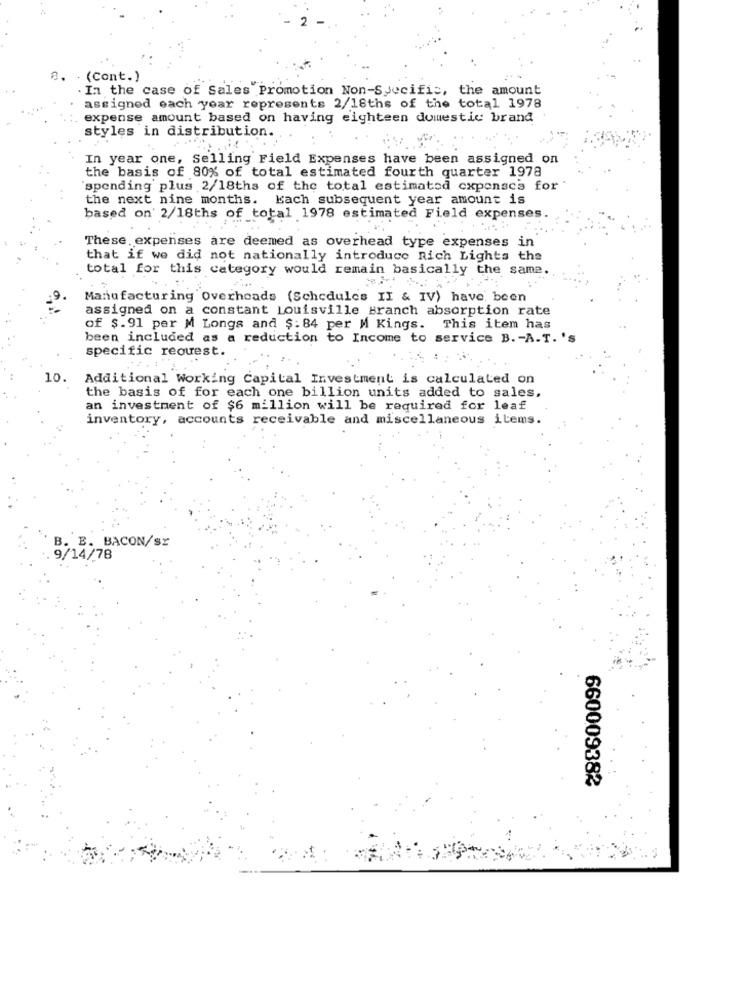
8. . (Cont.)
.In the case of Sales Promotion Non-Specific, the amount
assigned each year represents 2/18ths of the total 1978
expense amount based on having eighteen domestic brand
styles in distribution.
In year one, Selling Field Expenses have been assigned on
the basis of 80% of total estimated fourth quarter 1978
spending plus 2/18ths of the total estimated expenses for
the next nine months. Kach subsequent year amount is
based on' 2/18ths of total 1978 estimated Field expenses.
These expenses are deemed as overhead type expenses in
that if we did not nationally introduce nich Lights the
total for this category would remain basically the same.
Manufacturing Overheads (Schedules II & IV) have been
assigned on a constant Louisville Branch absorption rate
of $.91 per M Longs and $: 84 per M Kings. This item has
been included as a reduction to Income to service B. - A.T. 's
specific request.
10. Additional Working Capital Investment is calculated on
the basis of for each one billion units added to sales.
an investment of $6 million will be required for leaf
inventory, accounts receivable and miscellaneous items.
B. B. BACON/sr
9/14/78
660009382